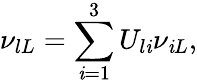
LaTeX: \nu_{lL}=\sum_{\mathit{i}=1}^{3}U_{l\mathit{i}}\nu_{\mathit{i}L},